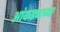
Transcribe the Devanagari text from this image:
आंकड्याच्या